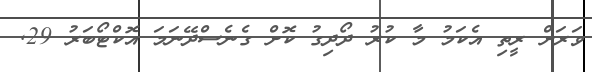
ވަރަށް ރީތި އެކަމު މާ ކުރު ދޯދިގު ކޮށް ގެނެސްދޭނަމަ އޮކްޓޯބަރު 29